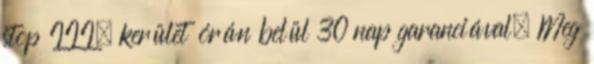
stop III. kerület órán belül 30 nap garanciával. Meg